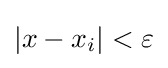
\left|x-x_{i}\right|<\varepsilon